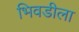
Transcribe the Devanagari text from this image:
भिवडीला